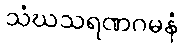
သံဃသရဏဂမနံ